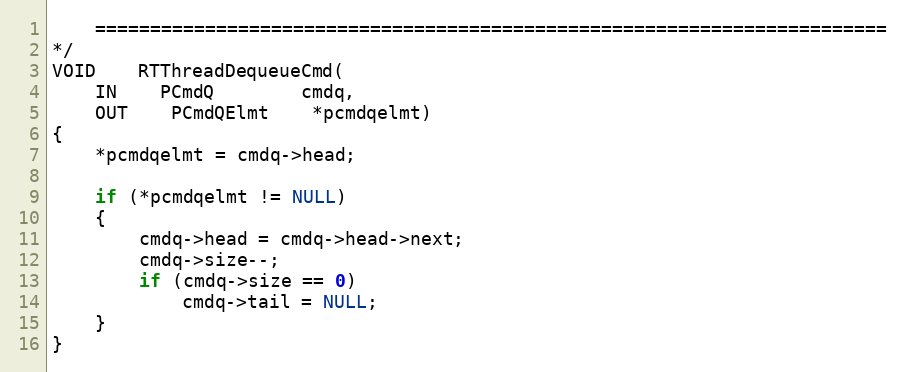
Language: C
	========================================================================
*/
VOID	RTThreadDequeueCmd(
	IN	PCmdQ		cmdq,
	OUT	PCmdQElmt	*pcmdqelmt)
{
	*pcmdqelmt = cmdq->head;

	if (*pcmdqelmt != NULL)
	{
		cmdq->head = cmdq->head->next;
		cmdq->size--;
		if (cmdq->size == 0)
			cmdq->tail = NULL;
	}
}